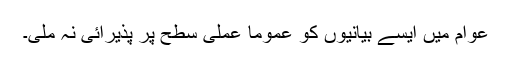
عوام میں ایسے بیانیوں کو عموما ًعملی سطح پر پذیرائی نہ ملی۔